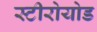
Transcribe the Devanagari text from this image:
स्टीरोयोड